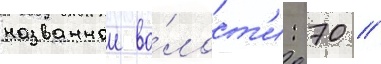
названнои во́лост'и: 70 //